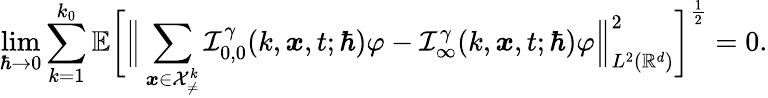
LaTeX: \operatorname*{lim}_{\hbar\rightarrow 0}\sum_{k=1}^{k_{0}}\mathbb{E}\bigg[\Big\lVert\sum_{\boldsymbol{x}\in\mathcal{X}_{\neq}^{k}}\mathcal{I}_{0,0}^{\gamma}(k,\boldsymbol{x},t;\hbar)\varphi-\mathcal{I}_{\infty}^{\gamma}(k,\boldsymbol{x},t;\hbar)\varphi\Big\rVert_{L^{2}(\mathbb{R}^{d})}^{2}\bigg]^{\frac{1}{2}}=0.